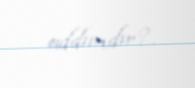
addımdır?.